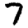
Digit: 7